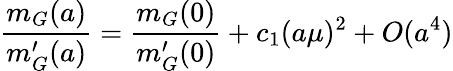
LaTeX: {\frac{m_{G}(a)}{m_{G}^{\prime}(a)}}={\frac{m_{G}(0)}{m_{G}^{\prime}(0)}}+c_{1}(a\mu)^{2}+O(a^{4})